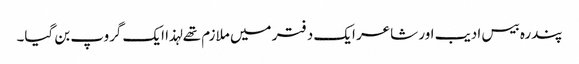
پندرہ بیس ادیب اور شاعر ایک دفتر میں ملازم تھے لہذا ایک گروپ بن گیا۔